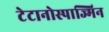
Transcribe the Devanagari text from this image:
टेटानोस्पाज्मिन